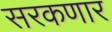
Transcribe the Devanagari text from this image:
सरकणार